Vabadussoja_Ajaloo_Komitee, lk 13
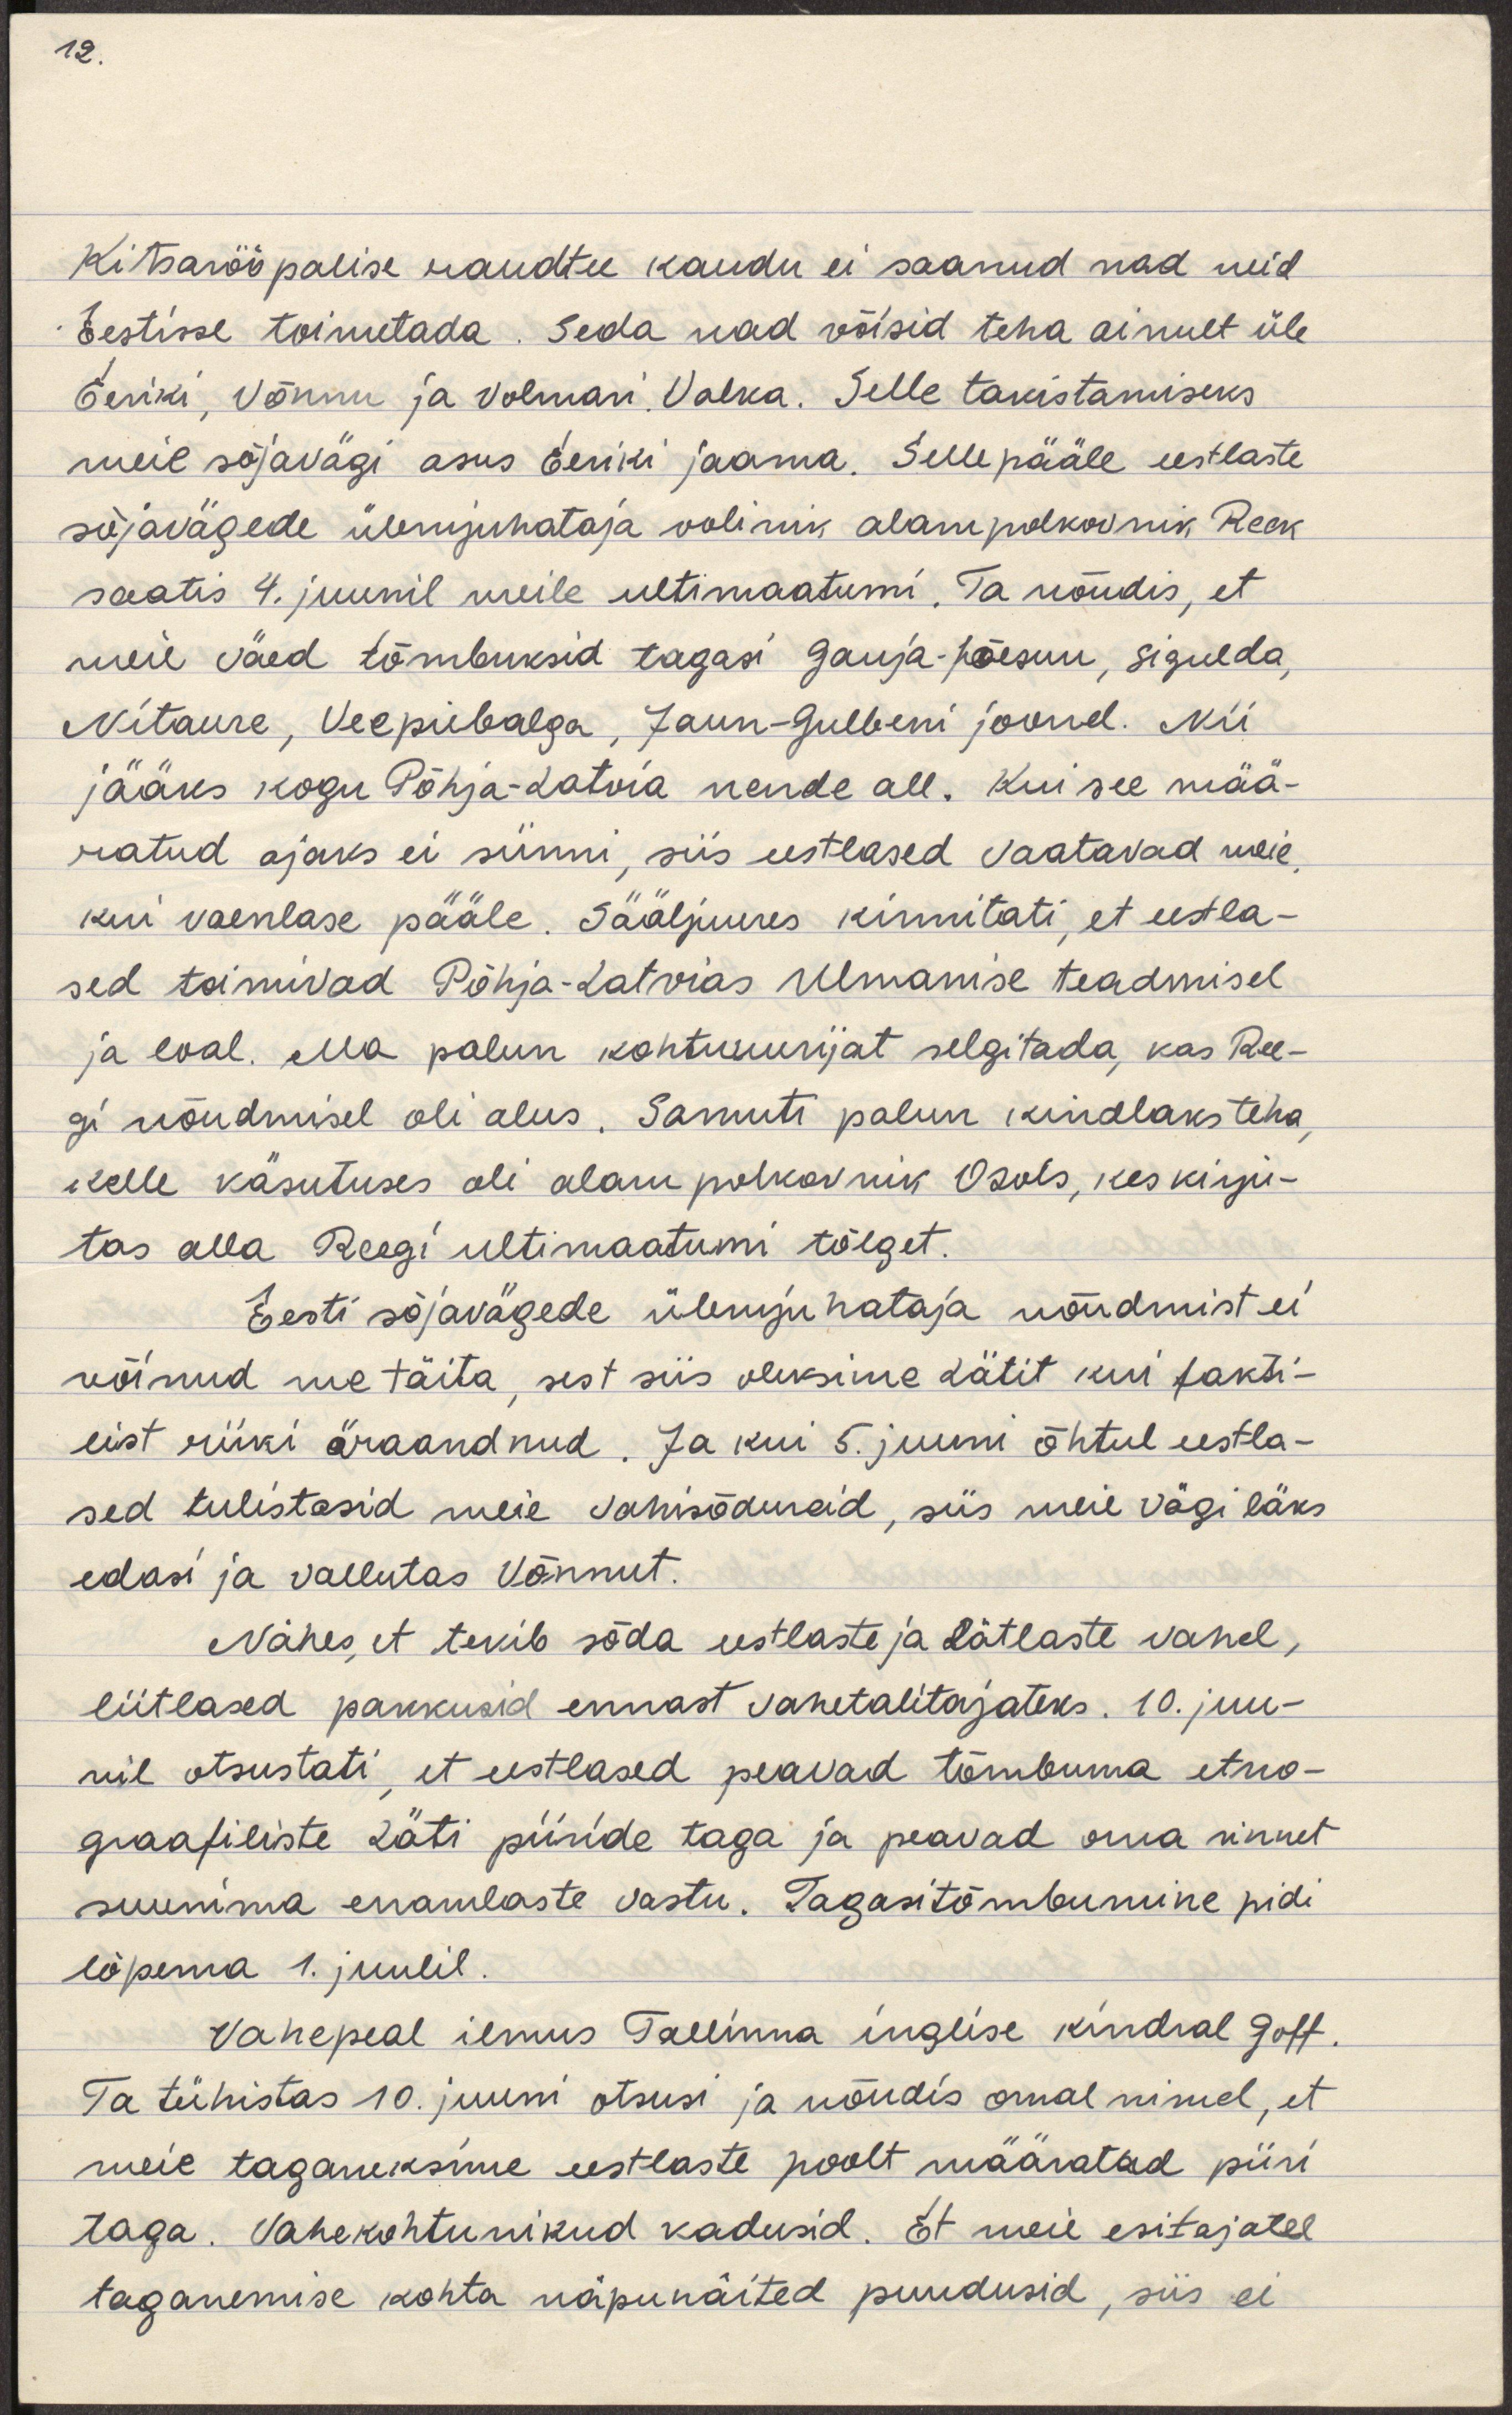
Kitsasrööpalise raudtee kaudu ei saanud nad neid 
Eestisse toimetada. Seda nad võisid teha ainult üle
Geriki, Võnnu ja Volmari Valka. Selle takistamiseks
meie sõjavägi asus Geriki jaama. Sellepääle eestlaste
sõjavägede ülemjuhataja volinik alampolkovnik Reek
saatis 4. juunil meile ultimaatumi. Ta nõudis, et
meie väed tõmbuksid tagasi Gauja-Jõesuu, Sigulda,
Nitaure, Vecpiebalga, Jaun-Gulbeni joonele. Nii
jääks kogu Põhja-Latvia nende all. Kui see mää-
ratud ajaks ei sünni, siis eestlased vaatavad meie
kui vaenlase pääle. Sääljuures kinnitati, et eestla-
sed toimivad Põhja-Latvias Ulmanise teadmisel
ja loal. Ma palun kohtuuurijat selgitada, kas Ree-
gi nõudmisel oli alus. Samuti palun kindlaks teha,
kelle kasutuses oli alampolkovnik Osuls, kes kirju-
tas alla Reegi ultimaatumi tõlget.
Eesti sõjavägede ülemjuhataja nõudmist ei
võinud me täita, sest siis oleksime Lätit kui fakti-
list riiki äraandnud. Ja kui 5. juuni õhtul eestla-
sed tulistasid meie vahisõdureid, siis meie vägi läks
edasi ja vallutas Võnnut.
Nähes, et tekib sõda eestlaste ja lätlaste vahel,
liitlased pakkusid ennast vahetalitajateks. 10. juu-
nil otsustati, et eestlased peavad tõmbuma etno-
graafiliste Läti piiride taga ja peavad oma rinnet
suunima enamlaste vastu. Tagasitõmbumine pidi
lõpema 1. juulil.
Vahepeal ilmus Tallinna inglise kindral Goff.
Ta tühistas 10. juuni otsusi ja nõudis omal nimel, et 
meie taganeksime eestlaste poolt määratud piiri
taga. Vahekohtunikud kadusid. Et meie esitajatel
taganemise kohta näpunäited puudusid, siis ei